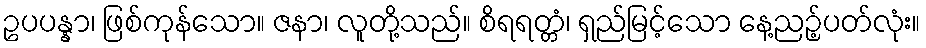
ဥပပန္နာ၊ ဖြစ်ကုန်သော။ ဇနာ၊ လူတို့သည်။ စိရရတ္တံ၊ ရှည်မြင့်သော နေ့ညဉ့်ပတ်လုံး။